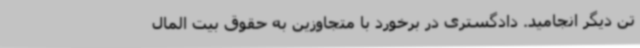
تن دیگر انجامید. دادگستری در برخورد با متجاوزین به حقوق بیت المال